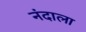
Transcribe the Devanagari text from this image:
नंदाला